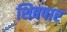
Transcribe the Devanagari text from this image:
शिवपार